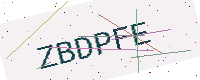
Text: ZBDPFE